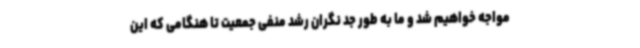
مواجه خواهیم شد و ما به طور جد نگران رشد منفی جمعیت تا هنگامی که این